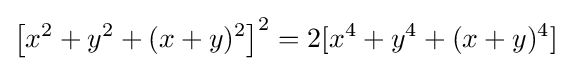
\left[x^{2}+y^{2}+(x+y)^{2}\right]^{2}=2[x^{4}+y^{4}+(x+y)^{4}]